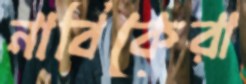
নাবিকেরা